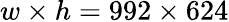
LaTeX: w\times h=992\times 624